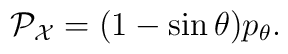
{\cal P}_{\cal X} = (1 - \sin \theta) p_\theta.